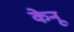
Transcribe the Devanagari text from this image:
केनू